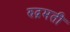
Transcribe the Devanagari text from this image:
रुद्रमती